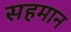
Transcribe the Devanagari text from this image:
सहमान